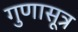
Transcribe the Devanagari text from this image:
गुणासूत्र